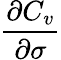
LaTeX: \frac{\partial C_{v}}{\partial\sigma}